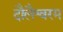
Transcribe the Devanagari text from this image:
दौलैश्वरम